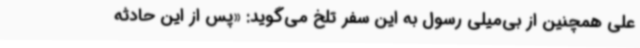
علی همچنین از بی‌میلی رسول به این سفر تلخ می‌گوید: «پس از این حادثه